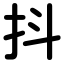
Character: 抖